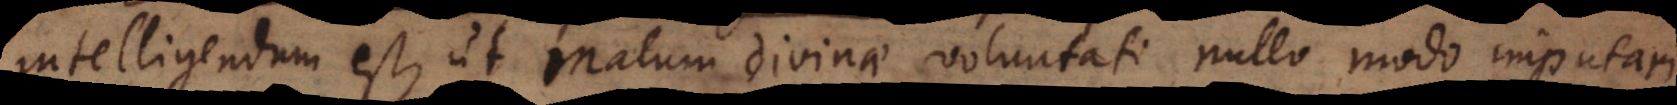
intelligendum est, ut malum divinae voluntati nullo modo imputari